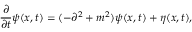
{ \frac { \partial } { \partial t } } \psi ( x , t ) = ( - \partial ^ { 2 } + m ^ { 2 } ) \psi ( x , t ) + \eta ( x , t ) ,